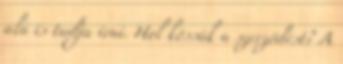
alá is tudja írni. Hol kössük a szerződést? A